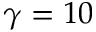
\gamma = 1 0